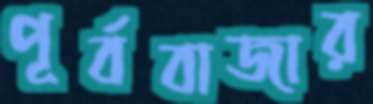
পূর্ববাজার